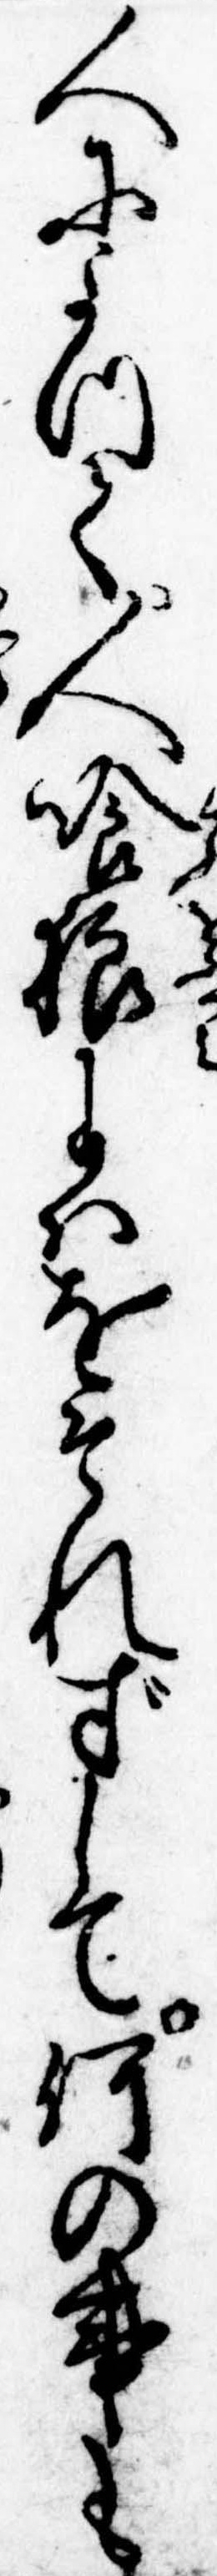
人によつて人喰狼にはをそれずして何の事も